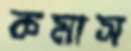
কমাস